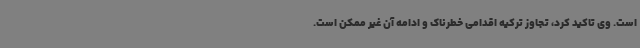
است. وی تاکید کرد، تجاوز ترکیه اقدامی خطرناک و ادامه آن غیر ممکن است.